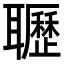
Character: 𦘊